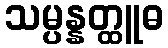
သမ္ပန္နတ္ထူဓ